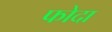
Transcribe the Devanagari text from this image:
फोदा